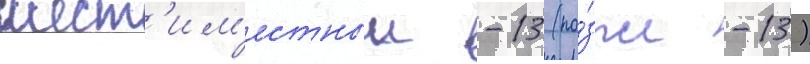
шест'им'естныи -13 (по́зже -13)